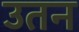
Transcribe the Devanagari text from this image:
उतन